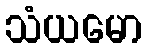
သံယမော